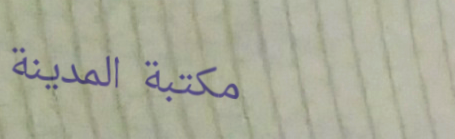
مكتبة المدينة